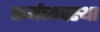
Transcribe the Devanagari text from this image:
कर्मव्यवस्था